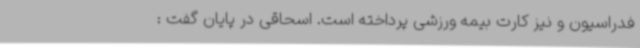
فدراسیون و نیز کارت بیمه ورزشی پرداخته است. اسحاقی در پایان گفت :